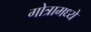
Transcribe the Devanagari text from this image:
गोत्रामध्ये